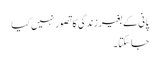
پانی کے بغیر زندگی کا تصور نہیں کیا
جاسکتا ۔